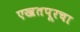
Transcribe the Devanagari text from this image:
एखतपूरचा